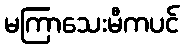
မကြာသေးမီကပင်